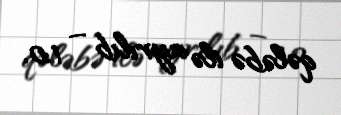
qələbə ilə ayrılıb – 1:0.